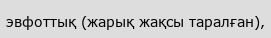
эвфоттық (жарық жақсы таралған),